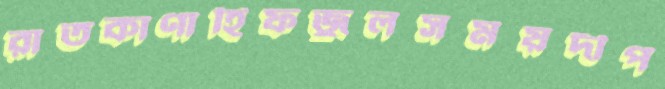
রাতকাণাহিফজুলসময়দীপ